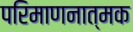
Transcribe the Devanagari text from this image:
परिमाणनात्मक